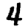
Digit: 4